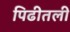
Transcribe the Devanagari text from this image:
पिढीतली